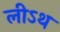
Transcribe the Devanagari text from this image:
लीऽथ